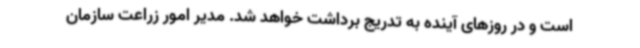
است و در روزهای آینده به تدریج برداشت خواهد شد. مدیر امور زراعت سازمان